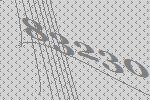
83230